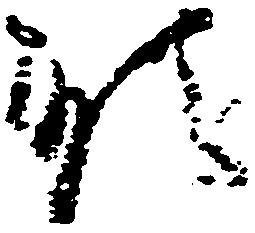
順